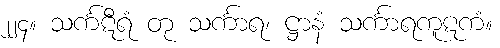
၂၂၄။ သင်္ကဋီရံ တု သင်္ကာရ၊ ဋ္ဌာနံ သင်္ကာရကူဋကံ။